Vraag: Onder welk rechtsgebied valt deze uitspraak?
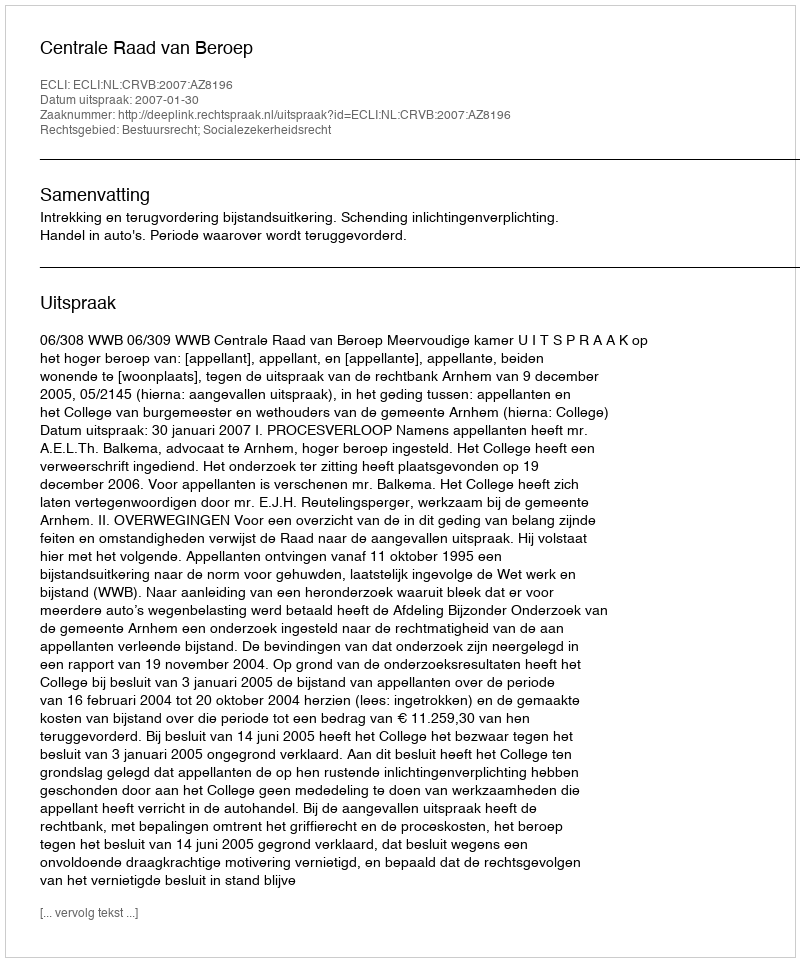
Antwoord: Bestuursrecht; Socialezekerheidsrecht